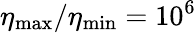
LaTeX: \eta_{\mathrm{max}}/\eta_{\mathrm{min}}=10^{6}